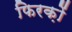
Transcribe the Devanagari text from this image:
फिरक़ों